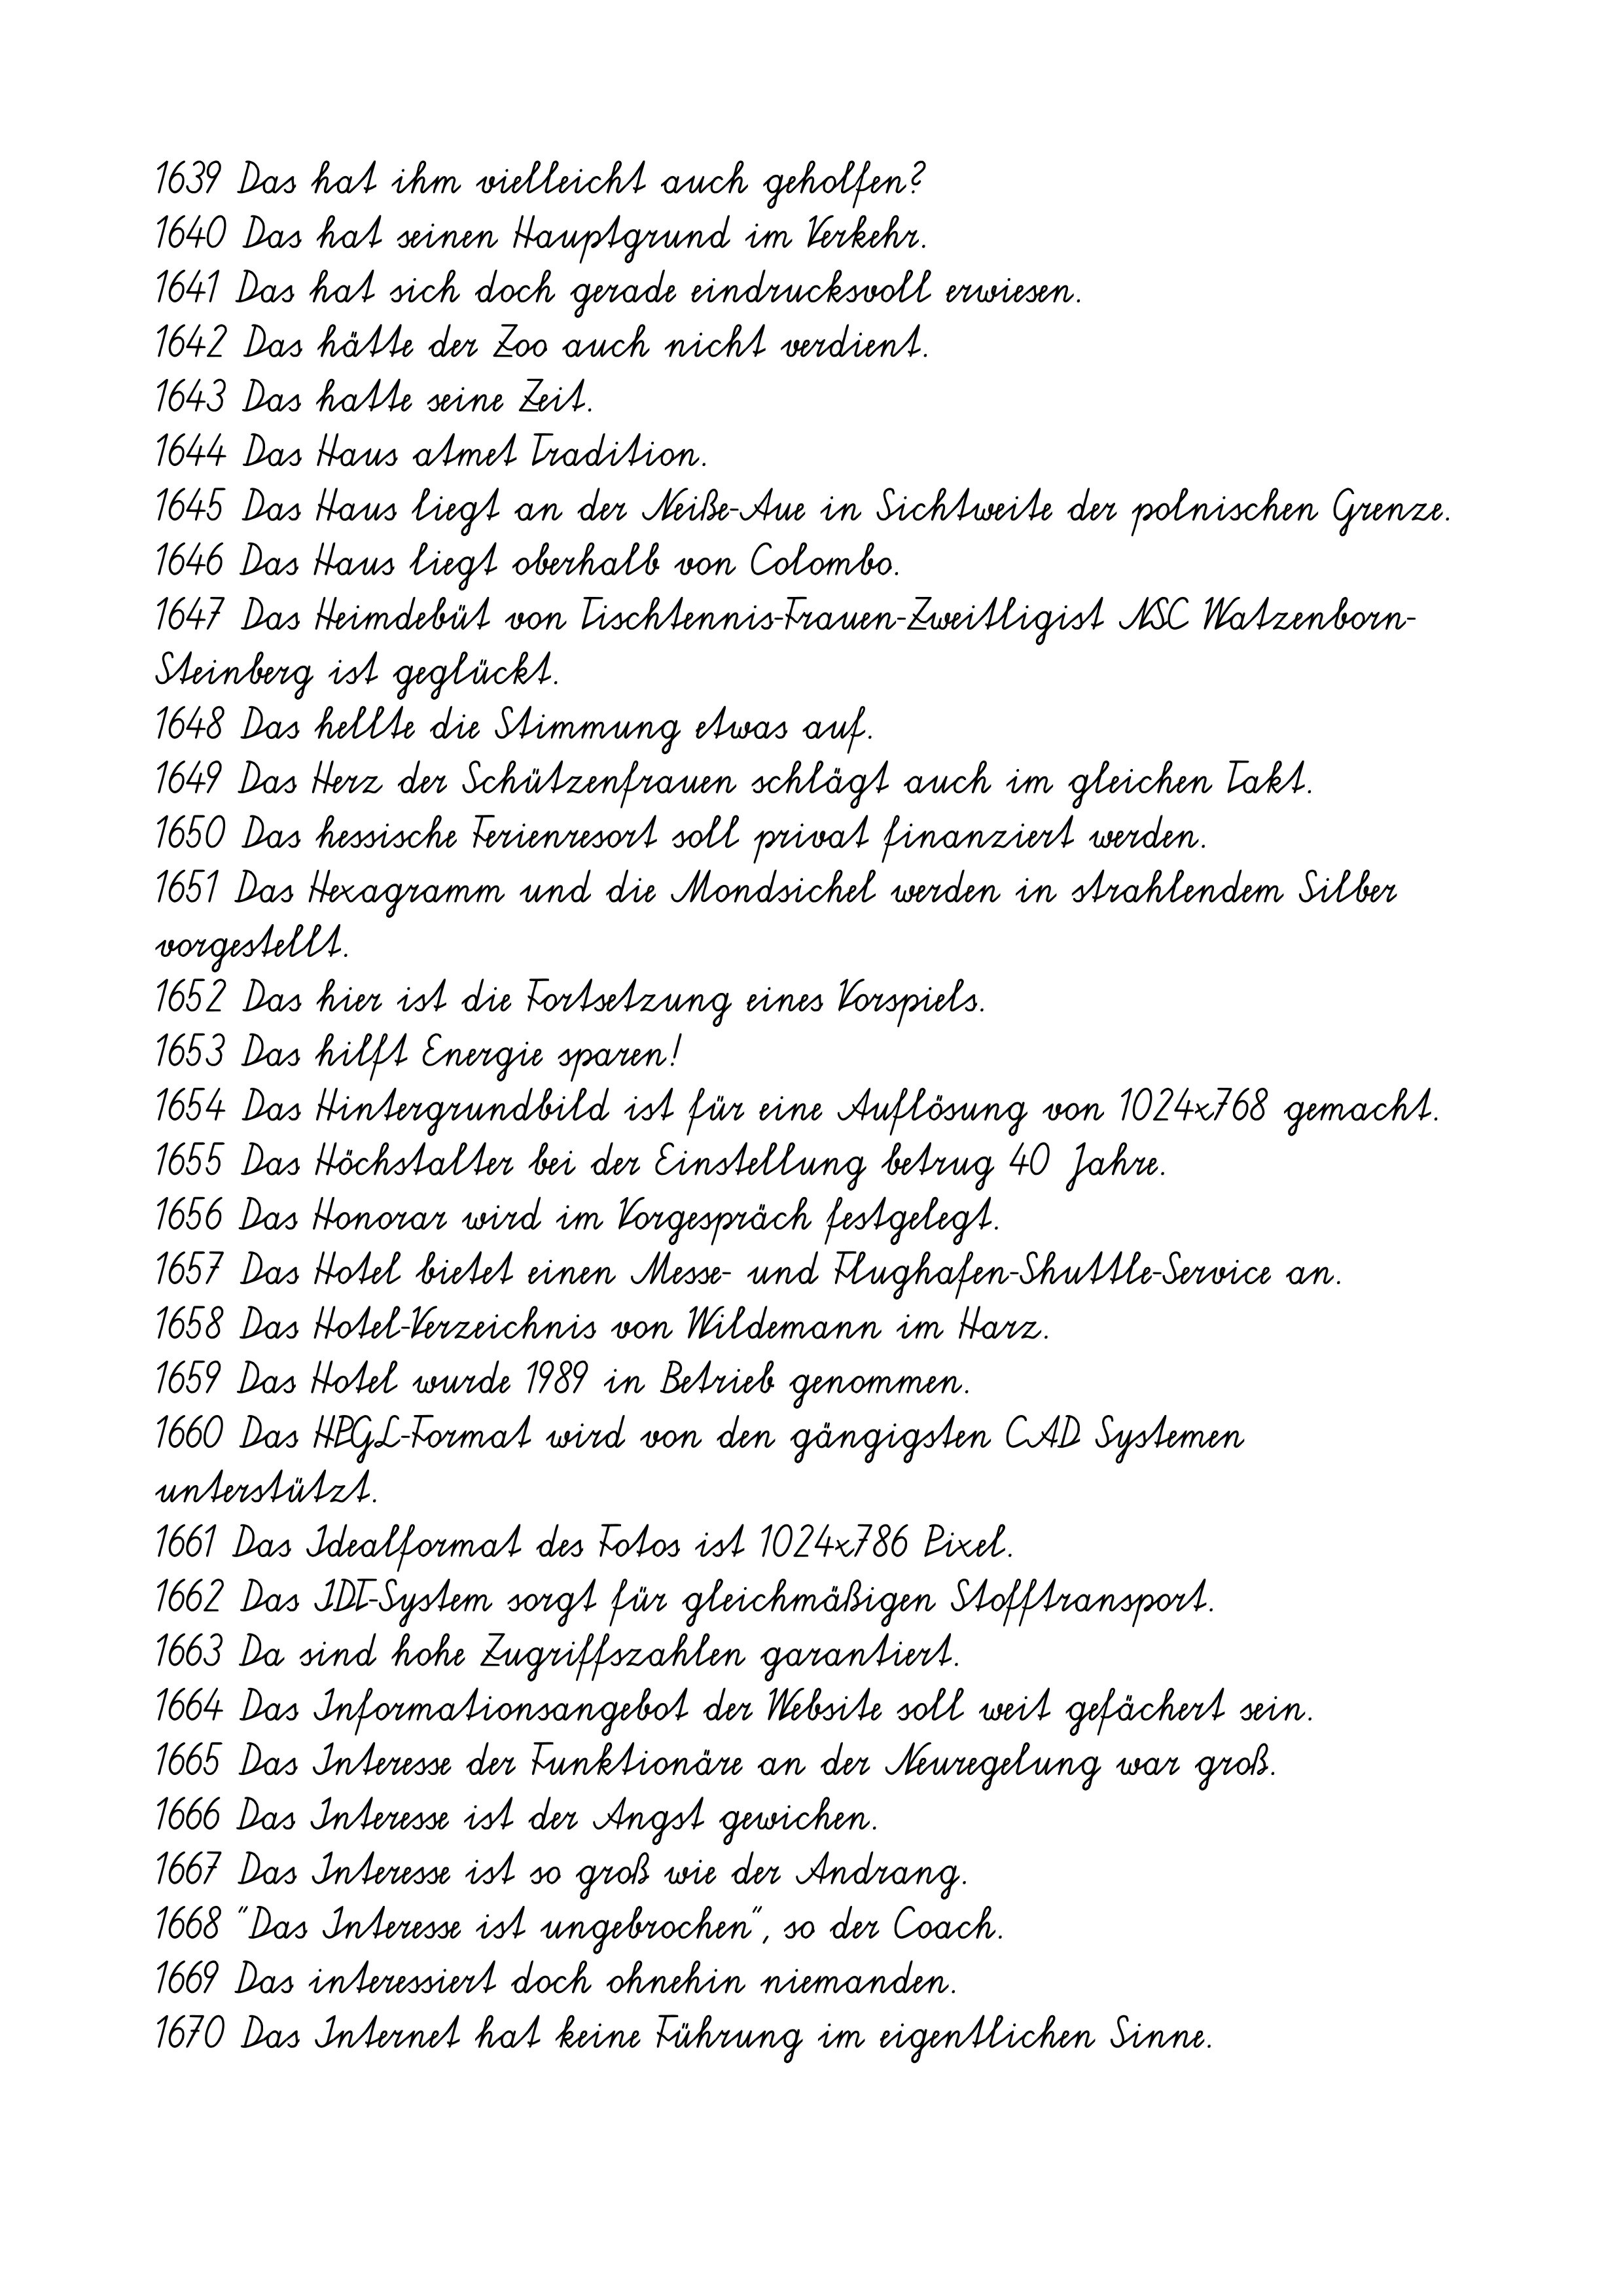
1639 Das hat ihm vielleicht auch geholfen?
1640 Das hat seinen Hauptgrund im Verkehr.
1641 Das hat sich doch gerade eindrucksvoll erwiesen.
1642 Das hätte der Zoo auch nicht verdient.
1643 Das hatte seine Zeit.
1644 Das Haus atmet Tradition.
1645 Das Haus liegt an der Neiße-Aue in Sichtweite der polnischen Grenze.
1646 Das Haus liegt oberhalb von Colombo.
1647 Das Heimdebüt von Tischtennis-Frauen-Zweitligist NSC Watzenborn-
Steinberg ist geglückt.
1648 Das hellte die Stimmung etwas auf.
1649 Das Herz der Schützenfrauen schlägt auch im gleichen Takt.
1650 Das hessische Ferienresort soll privat finanziert werden.
1651 Das Hexagramm und die Mondsichel werden in strahlendem Silber
vorgestellt.
1652 Das hier ist die Fortsetzung eines Vorspiels.
1653 Das hilft Energie sparen!
1654 Das Hintergrundbild ist für eine Auflösung von 1024x768 gemacht.
1655 Das Höchstalter bei der Einstellung betrug 40 Jahre.
1656 Das Honorar wird im Vorgespräch festgelegt.
1657 Das Hotel bietet einen Messe- und Flughafen-Shuttle-Service an.
1658 Das Hotel-Verzeichnis von Wildemann im Harz.
1659 Das Hotel wurde 1989 in Betrieb genommen.
1660 Das HPGL-Format wird von den gängigsten CAD Systemen
unterstützt.
1661 Das Idealformat des Fotos ist 1024x786 Pixel.
1662 Das IDT-System sorgt für gleichmäßigen Stofftransport.
1663 Da sind hohe Zugriffszahlen garantiert.
1664 Das Informationsangebot der Website soll weit gefächert sein.
1665 Das Interesse der Funktionäre an der Neuregelung war groß.
1666 Das Interesse ist der Angst gewichen.
1667 Das Interesse ist so groß wie der Andrang.
1668 "Das Interesse ist ungebrochen", so der Coach.
1669 Das interessiert doch ohnehin niemanden.
1670 Das Internet hat keine Führung im eigentlichen Sinne.